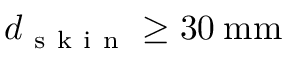
d _ { \mathrm { ~ s ~ k ~ i ~ n ~ } } \geq 3 0 \: \mathrm { m m }